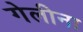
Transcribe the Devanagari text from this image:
गेलीना